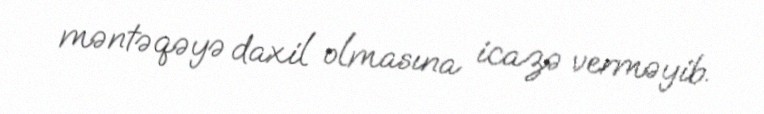
məntəqəyə daxil olmasına icazə verməyib.